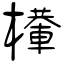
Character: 檋